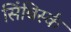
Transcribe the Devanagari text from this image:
सिंबिर्स्क